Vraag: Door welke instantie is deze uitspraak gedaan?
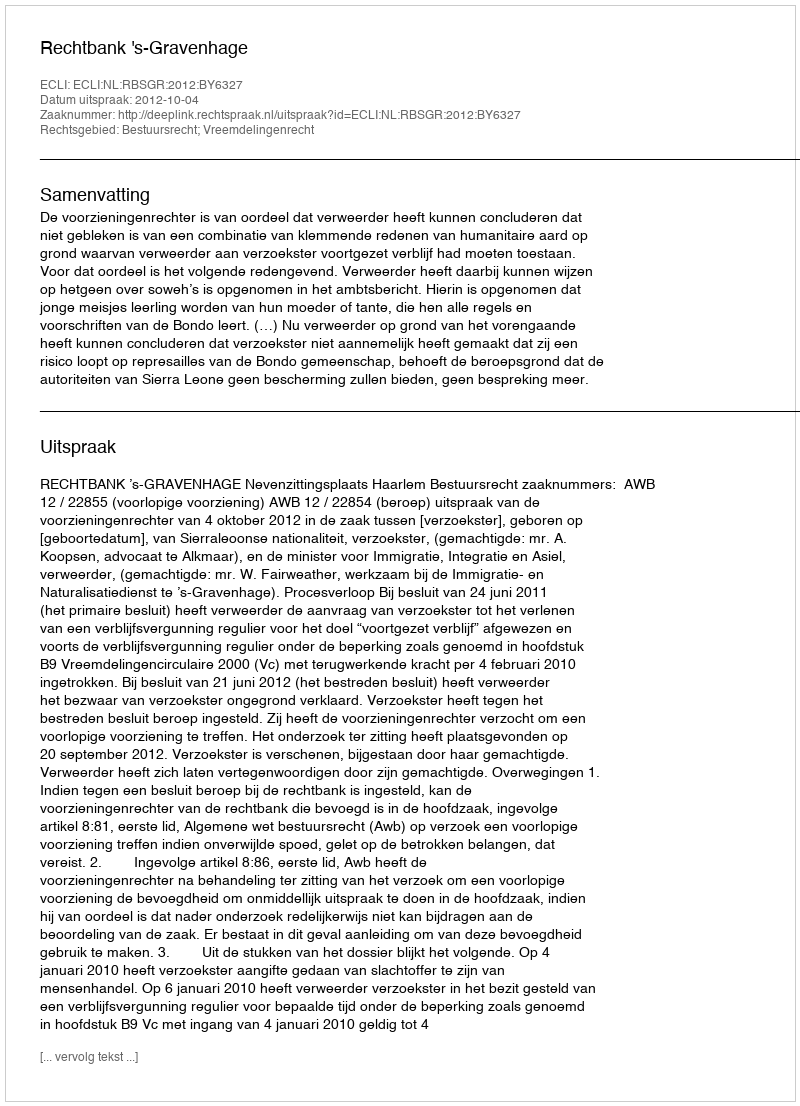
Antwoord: Rechtbank 's-Gravenhage